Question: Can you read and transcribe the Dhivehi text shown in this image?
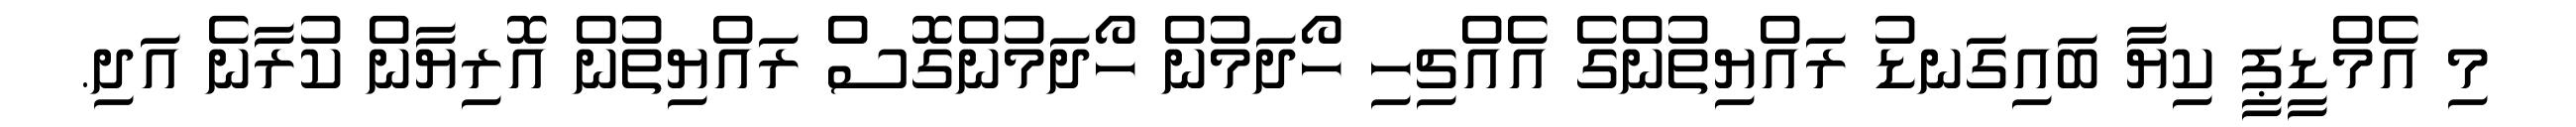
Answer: މި އެމްޑީޕީ ކިޔާ ބައިގަނޑު ރައްޔިތުންގެ އެއްޗިހި ހޯދަމުން ހޯދަމުންގޮސް ރައްޔިތުން އޮރިޔާން ކުރާނެ އަދި.